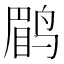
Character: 鹛